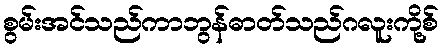
စွမ်းအင်သည်ကာဘွန်ဓာတ်သည်ဂလူးကို့စ်